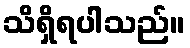
သိရှိရပါသည်။